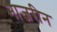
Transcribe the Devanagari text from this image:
नाजरीन